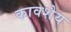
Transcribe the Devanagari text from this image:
कावशेय